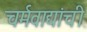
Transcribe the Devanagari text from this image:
चर्मवाद्यांची